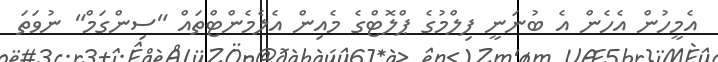
އެމީހުން އެހެން އެ ބުނަނީ ފިލްމުގެ ޕްލޮޓްގެ މެއިން އެލެމެންޓްތައް "ސިންގަމް" ނުވަތަ